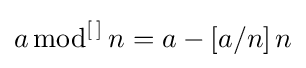
a\,{\text{mod}}^{\left[\,\right]}\,n=a-\left[a/n\right]n